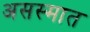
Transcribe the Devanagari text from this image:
असस्मात